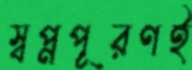
স্বপ্নপূরণই